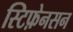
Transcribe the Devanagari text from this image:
स्टिफ़ेनसन